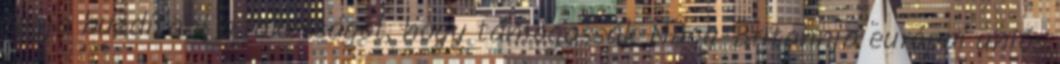
fogja buzdítani a lakosságot, hogy támogassák Nagy-Britannia európai uniós